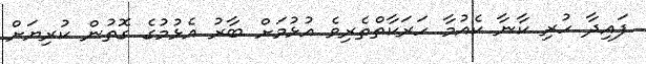
ފައިދާ ހުރި ކާނާ ކެއުމާ ހަރަކާތްތެރިވެ އުޅުމަށް ބާރު އެޅުމުގެ ގޮތުން ކުރިޔަށް